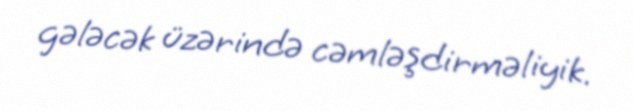
gələcək üzərində cəmləşdirməliyik.